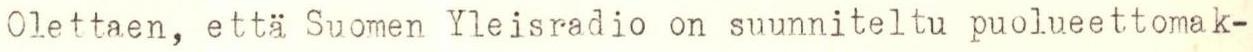
Olettaen, että Suomen Yleisradio on suunniteltu puolueettomak-